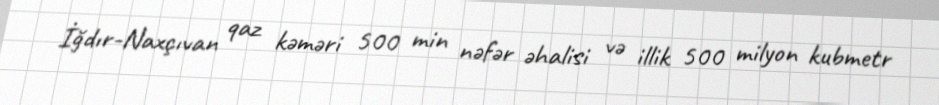
İğdır-Naxçıvan qaz kəməri 500 min nəfər əhalisi və illik 500 milyon kubmetr